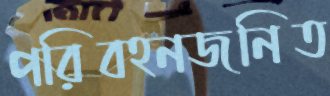
পরিবহনজনিত